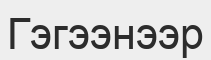
Гэгээнээр